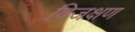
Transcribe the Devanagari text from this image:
विजक्षण